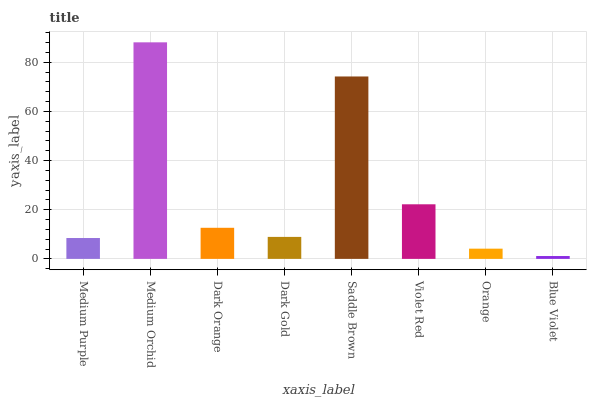
| xaxis_label | bars |
 | --- | --- |
 | Medium Purple | 8.49 |
 | Medium Orchid | 88.1 |
 | Dark Orange | 12.6 |
 | Dark Gold | 8.94 |
 | Saddle Brown | 74.2 |
 | Violet Red | 22.2 |
 | Orange | 4.16 |
 | Blue Violet | 1.16 |